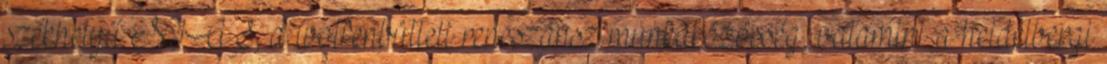
székhelyű NIAS, a wolfenbütteli reneszánsz munkaközösség, valamint a heidelbergi